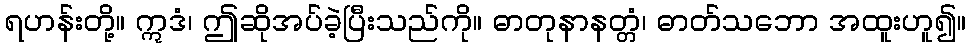
ရဟန်းတို့။ ဣဒံ၊ ဤဆိုအပ်ခဲ့ပြီးသည်ကို။ ဓာတုနာနတ္တံ၊ ဓာတ်သဘော အထူးဟူ၍။